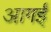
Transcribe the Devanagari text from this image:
आगईं